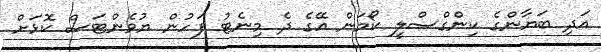
އަދި ބަޔާންގެ ކިންގްސްލީ ކޯމަން އޭގެ ދެ މިނެޓު ފަހުން ޔުވެންޓަސް ކޮޅަށް